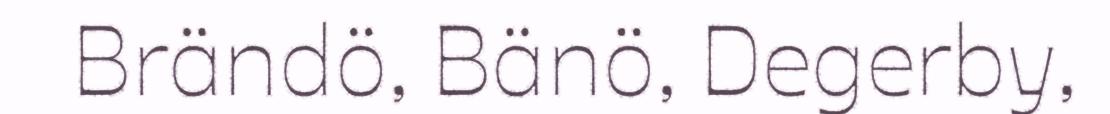
Brändö, Bänö, Degerby,